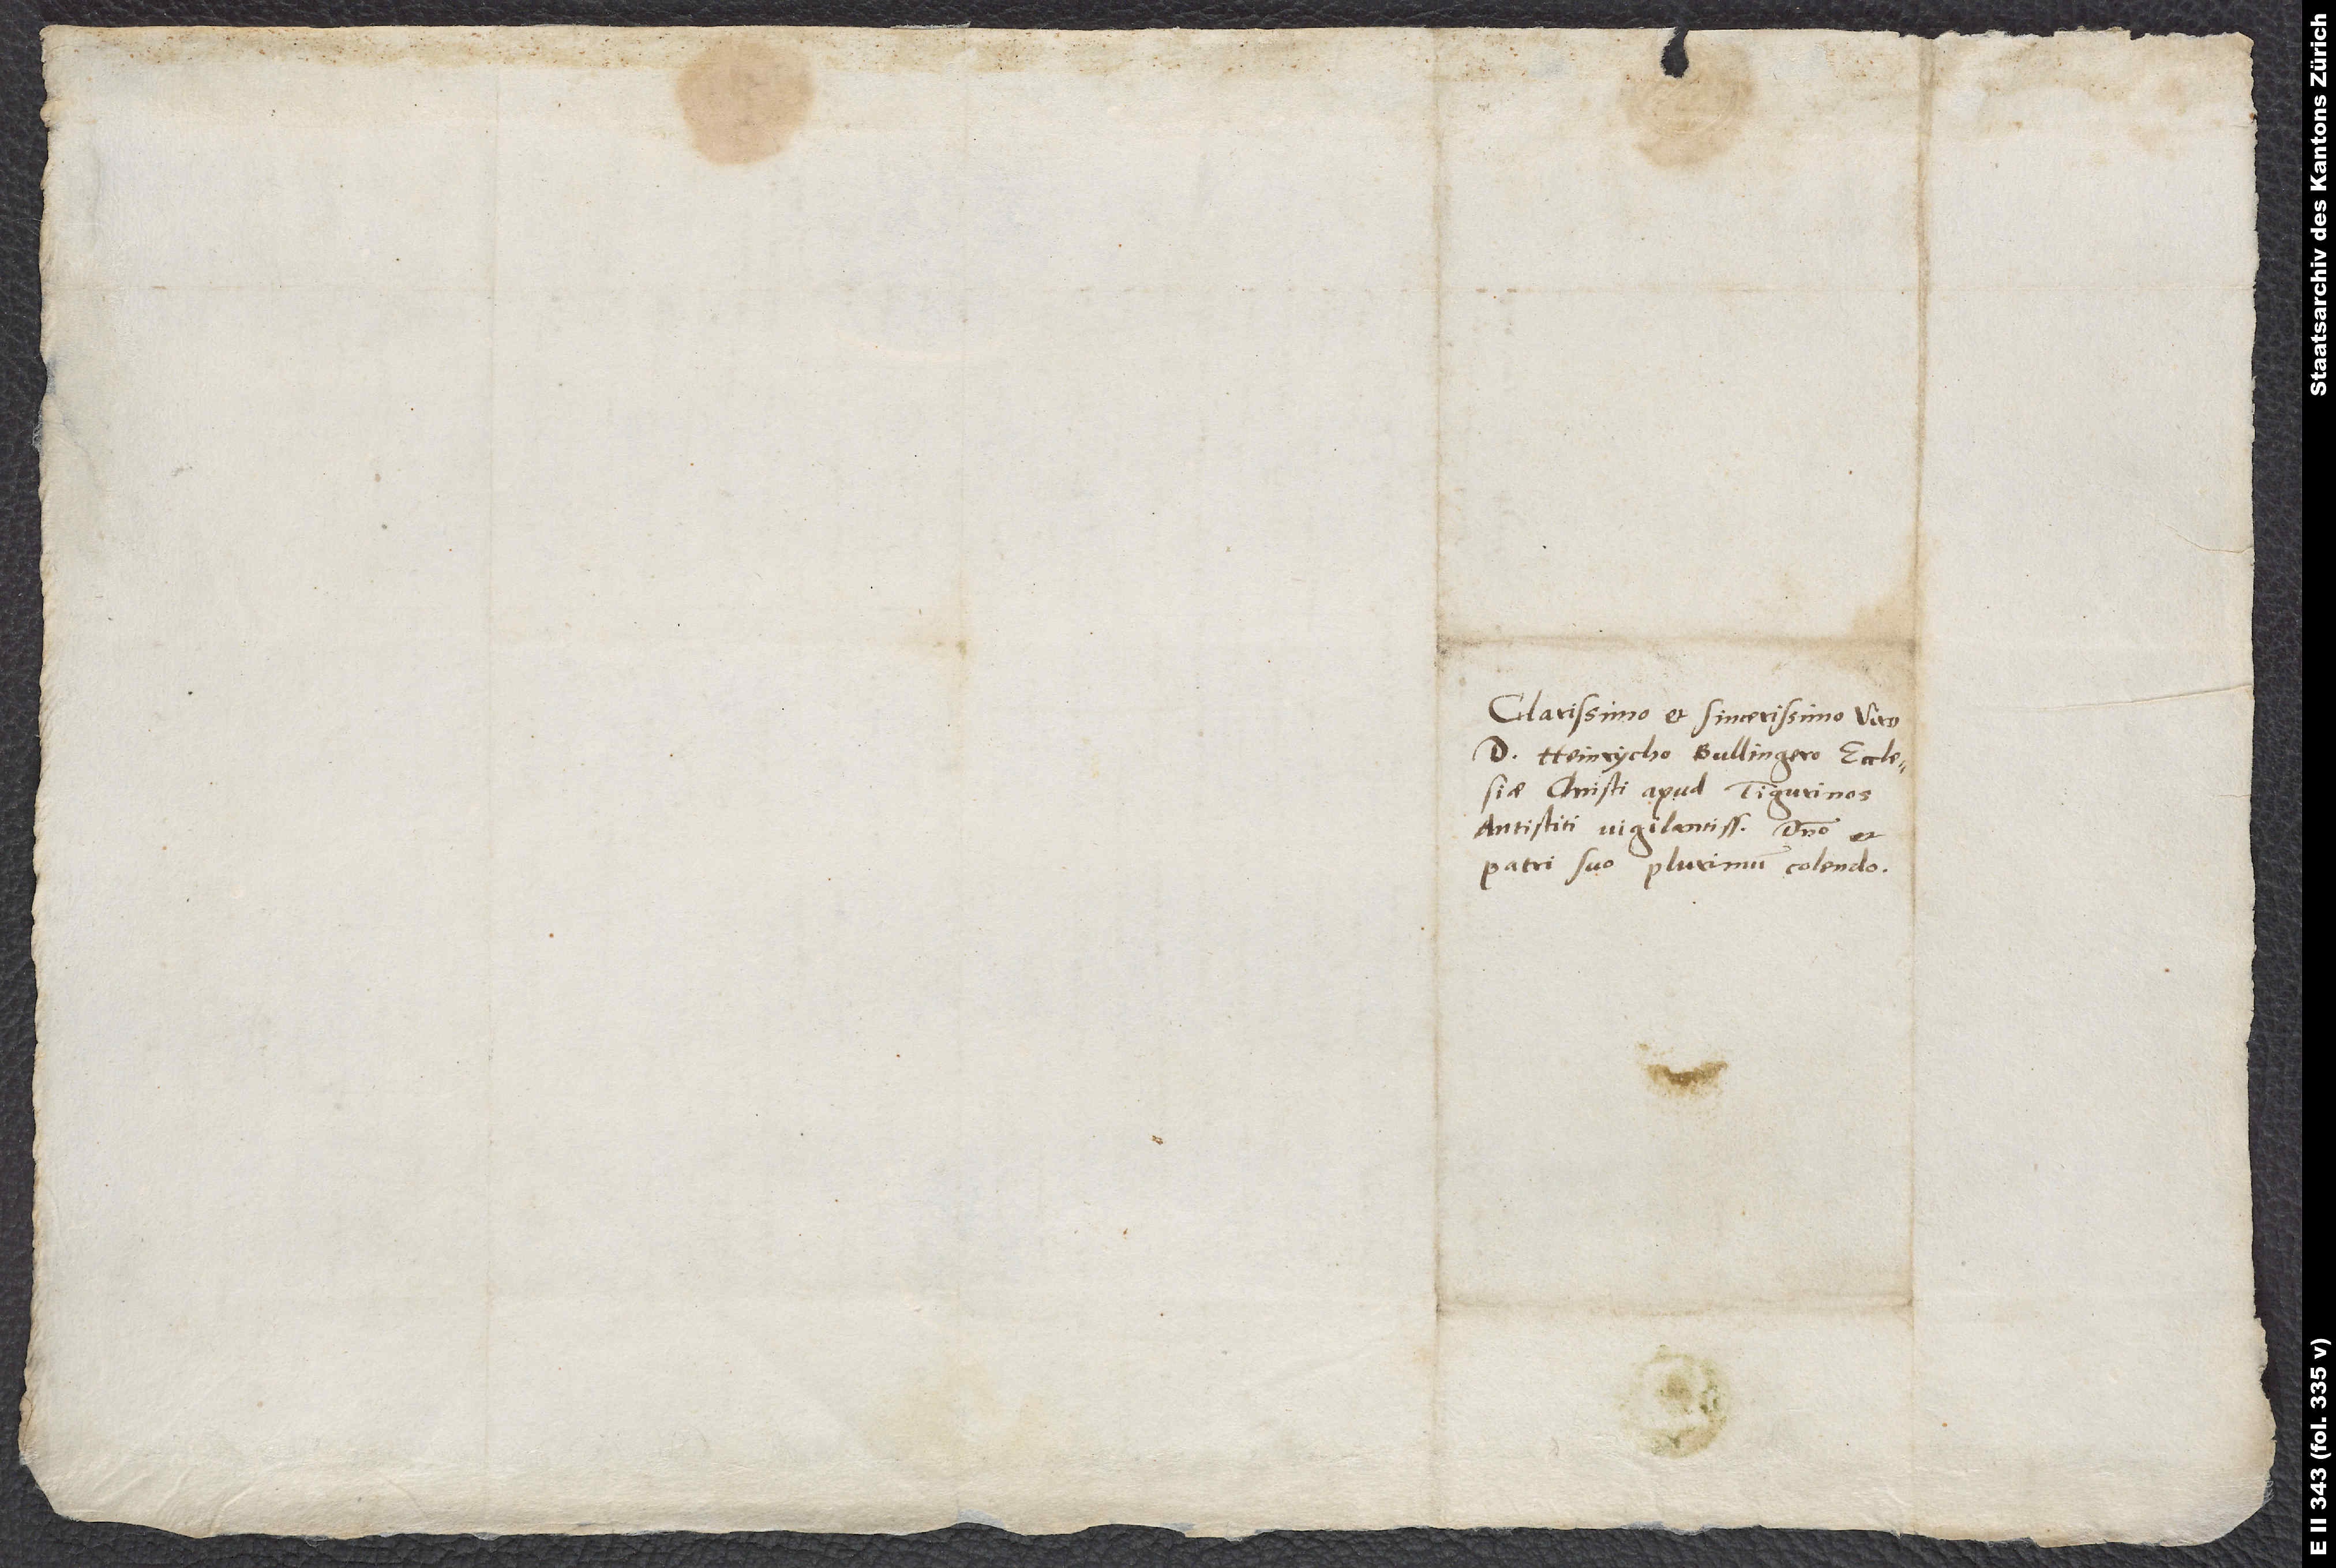
Clarissimo et sincerissimo viro
d. Heinrycho Bullingero, ecclesiae
Christi apud Tigurinos
antistiti vigilantissimo, domino et
patri suo plurimum colendo.